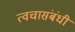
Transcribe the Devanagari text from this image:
त्वचासंबंधी